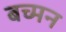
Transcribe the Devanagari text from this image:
बच्मन